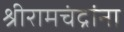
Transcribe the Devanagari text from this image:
श्रीरामचंद्रांना